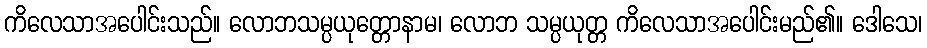
ကိလေသာအပေါင်းသည်။ လောဘသမ္ပယုတ္တောနာမ၊ လောဘ သမ္ပယုတ္တ ကိလေသာအပေါင်းမည်၏။ ဒေါသေ၊